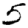
Digit: 5